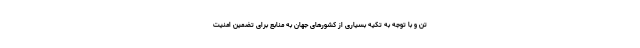
تن و با توجه به تکیه بسیاری از کشورهای جهان به منابع برای تضمین امنیت